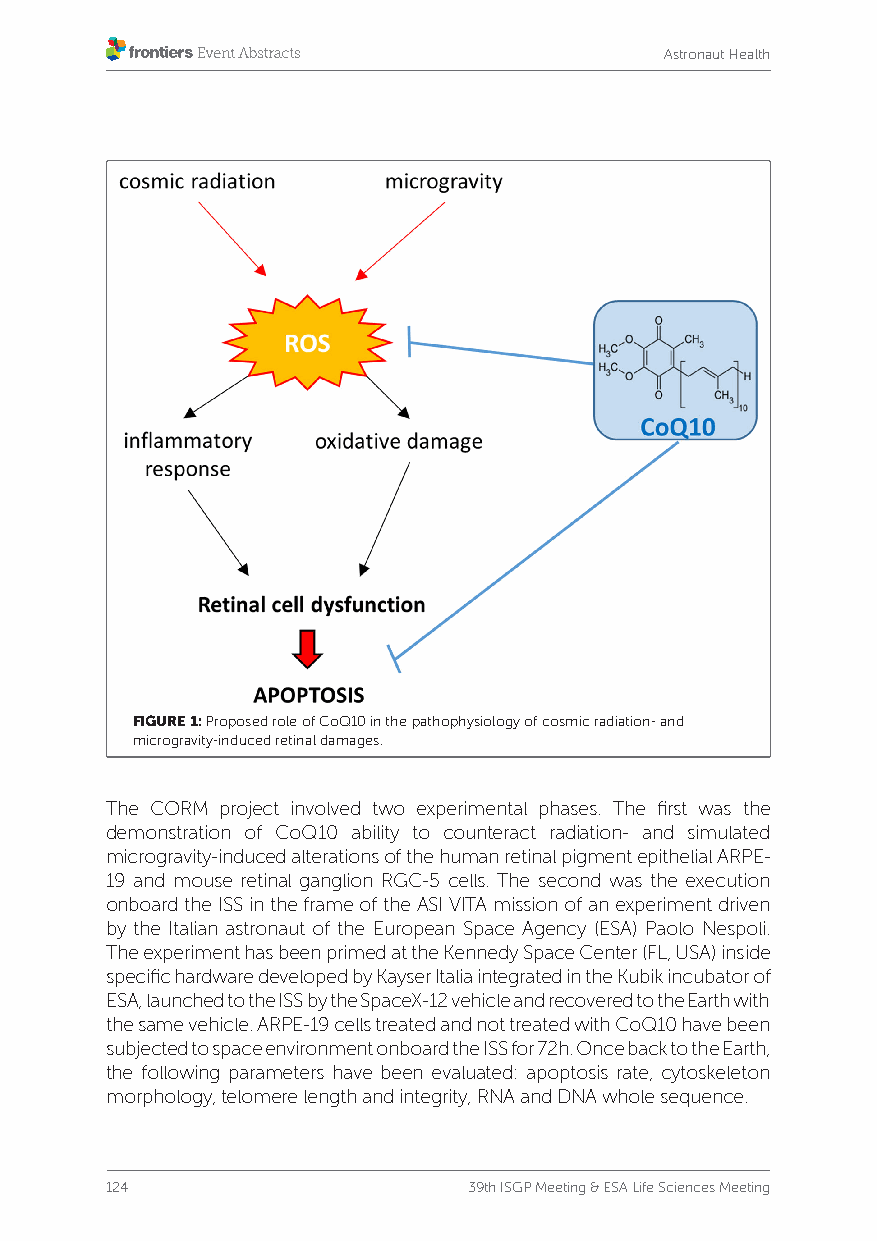
Astronaut Health
 FIGURE 1: Proposed role of CoQ10 in the pathophysiology of cosmic radiation- and
 microgravity-induced retinal damages.
 The CORM project involved two experimental phases. The first was the
 demonstration of CoQ10 ability to counteract radiation- and simulated
 microgravity-induced alterations of the human retinal pigment epithelial ARPE-
 19 and mouse retinal ganglion RGC-5 cells. The second was the execution
 onboard the ISS in the frame of the ASI VITA mission of an experiment driven
 by the Italian astronaut of the European Space Agency (ESA) Paolo Nespoli.
 The experiment has been primed at the Kennedy Space Center (FL, USA) inside
 specific hardware developed by Kayser Italia integrated in the Kubik incubator of
 ESA, launched to the ISS by the SpaceX-12 vehicle and recovered to the Earth with
 the same vehicle. ARPE-19 cells treated and not treated with CoQ10 have been
 subjected to space environment onboard the ISS for 72h. Once back to the Earth,
 the following parameters have been evaluated: apoptosis rate, cytoskeleton
 morphology, telomere length and integrity, RNA and DNA whole sequence.
 124                     39th ISGP Meeting & ESA Life Sciences Meeting